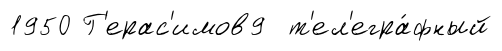
1950 Г'ерас'имов9 т'ел'егра́фный